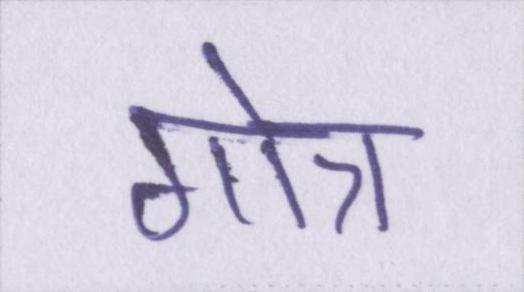
गोत्र